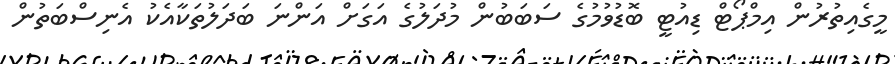
މީގެއިތުރުން އިމްޕޯޓް ޑިއުޓީ ބޮޑުވުމުގެ ސަބަބުން މުދަލުގެ އަގަށް އަންނަ ބަދަލުތަކާއެކު އެނިސްބަތުން